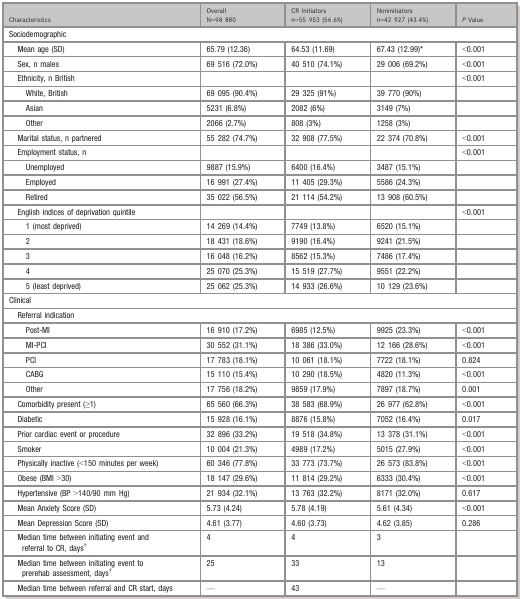
<table><thead><tr><td><b>Characteristics</b></td><td><b>Overall N=98 880</b></td><td><b>CR Initiators n=55 953 (56.6%)</b></td><td><b>Noninitiators n=42 927 (43.4%)</b></td><td><b><i>P</i> Value</b></td></tr></thead><tbody><tr><td colspan="5">Sociodemographic</td></tr><tr><td>Mean age (SD)</td><td>65.79 (12.36)</td><td>64.53 (11.69)</td><td>67.43 (12.99)a</td><td>&lt;0.001</td></tr><tr><td>Sex, n males</td><td>69 516 (72.0%)</td><td>40 510 (74.1%)</td><td>29 006 (69.2%)</td><td>&lt;0.001</td></tr><tr><td>Ethnicity, n British</td><td></td><td></td><td></td><td>&lt;0.001</td></tr><tr><td>White, British</td><td>69 095 (90.4%)</td><td>29 325 (91%)</td><td>39 770 (90%)</td><td></td></tr><tr><td>Asian</td><td>5231 (6.8%)</td><td>2082 (6%)</td><td>3149 (7%)</td><td></td></tr><tr><td>Other</td><td>2066 (2.7%)</td><td>808 (3%)</td><td>1258 (3%)</td><td></td></tr><tr><td>Marital status, n partnered</td><td>55 282 (74.7%)</td><td>32 908 (77.5%)</td><td>22 374 (70.8%)</td><td>&lt;0.001</td></tr><tr><td>Employment status, n</td><td></td><td></td><td></td><td>&lt;0.001</td></tr><tr><td>Unemployed</td><td>9887 (15.9%)</td><td>6400 (16.4%)</td><td>3487 (15.1%)</td><td></td></tr><tr><td>Employed</td><td>16 991 (27.4%)</td><td>11 405 (29.3%)</td><td>5586 (24.3%)</td><td></td></tr><tr><td>Retired</td><td>35 022 (56.5%)</td><td>21 114 (54.2%)</td><td>13 908 (60.5%)</td><td></td></tr><tr><td>English indices of deprivation quintile</td><td></td><td></td><td></td><td>&lt;0.001</td></tr><tr><td>1 (most deprived)</td><td>14 269 (14.4%)</td><td>7749 (13.8%)</td><td>6520 (15.1%)</td><td></td></tr><tr><td>2</td><td>18 431 (18.6%)</td><td>9190 (16.4%)</td><td>9241 (21.5%)</td><td></td></tr><tr><td>3</td><td>16 048 (16.2%)</td><td>8562 (15.3%)</td><td>7486 (17.4%)</td><td></td></tr><tr><td>4</td><td>25 070 (25.3%)</td><td>15 519 (27.7%)</td><td>9551 (22.2%)</td><td></td></tr><tr><td>5 (least deprived)</td><td>25 062 (25.3%)</td><td>14 933 (26.6%)</td><td>10 129 (23.6%)</td><td></td></tr><tr><td colspan="5">Clinical</td></tr><tr><td colspan="5">Referral indication</td></tr><tr><td>Post‐MI</td><td>16 910 (17.2%)</td><td>6985 (12.5%)</td><td>9925 (23.3%)</td><td>&lt;0.001</td></tr><tr><td>MI‐PCI</td><td>30 552 (31.1%)</td><td>18 386 (33.0%)</td><td>12 166 (28.6%)</td><td>&lt;0.001</td></tr><tr><td>PCI</td><td>17 783 (18.1%)</td><td>10 061 (18.1%)</td><td>7722 (18.1%)</td><td>0.824</td></tr><tr><td>CABG</td><td>15 110 (15.4%)</td><td>10 290 (18.5%)</td><td>4820 (11.3%)</td><td>&lt;0.001</td></tr><tr><td>Other</td><td>17 756 (18.2%)</td><td>9859 (17.9%)</td><td>7897 (18.7%)</td><td>0.001</td></tr><tr><td>Comorbidity present (≥1)</td><td>65 560 (66.3%)</td><td>38 583 (68.9%)</td><td>26 977 (62.8%)</td><td>&lt;0.001</td></tr><tr><td>Diabetic</td><td>15 928 (16.1%)</td><td>8876 (15.8%)</td><td>7052 (16.4%)</td><td>0.017</td></tr><tr><td>Prior cardiac event or procedure</td><td>32 896 (33.2%)</td><td>19 518 (34.8%)</td><td>13 378 (31.1%)</td><td>&lt;0.001</td></tr><tr><td>Smoker</td><td>10 004 (21.3%)</td><td>4989 (17.2%)</td><td>5015 (27.9%)</td><td>&lt;0.001</td></tr><tr><td>Physically inactive (&lt;150 minutes per week)</td><td>60 346 (77.8%)</td><td>33 773 (73.7%)</td><td>26 573 (83.8%)</td><td>&lt;0.001</td></tr><tr><td>Obese (BMI &gt;30)</td><td>18 147 (29.6%)</td><td>11 814 (29.2%)</td><td>6333 (30.4%)</td><td>&lt;0.001</td></tr><tr><td>Hypertensive (BP &gt;140/90 mm Hg)</td><td>21 934 (32.1%)</td><td>13 763 (32.2%)</td><td>8171 (32.0%)</td><td>0.617</td></tr><tr><td>Mean Anxiety Score (SD)</td><td>5.73 (4.24)</td><td>5.78 (4.19)</td><td>5.61 (4.34)</td><td>&lt;0.001</td></tr><tr><td>Mean Depression Score (SD)</td><td>4.61 (3.77)</td><td>4.60 (3.73)</td><td>4.62 (3.85)</td><td>0.286</td></tr><tr><td>Median time between initiating event and referral to CR, daysb</td><td>4</td><td>4</td><td>3</td><td></td></tr><tr><td>Median time between initiating event to prerehab assessment, daysb</td><td>25</td><td>33</td><td>13</td><td></td></tr><tr><td>Median time between referral and CR start, days</td><td>—</td><td>43</td><td>—</td><td></td></tr></tbody></table>